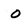
Character: 0